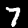
Label: 7